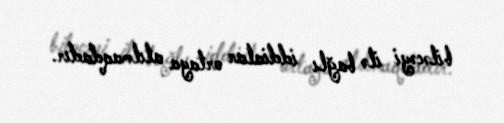
biləcəyi ilə bağlı iddialar ortaya atılmaqdadır.